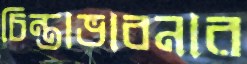
চিন্তাভাবনার